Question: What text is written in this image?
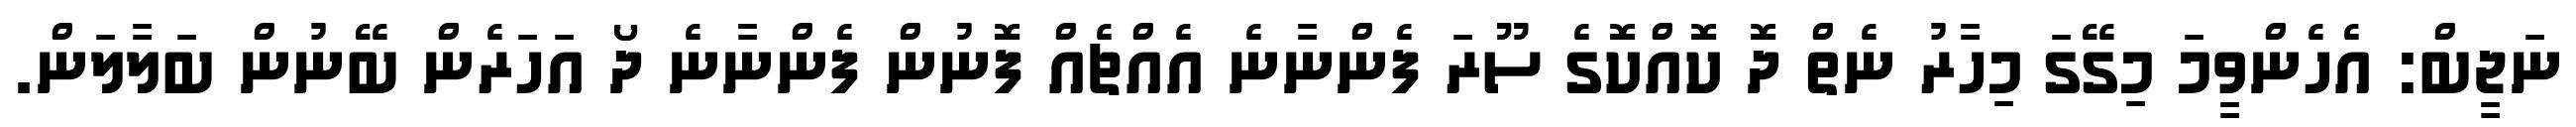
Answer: ނަޖީބް: އެހެންވީމަ މިގޭގަ މިހާރު ނެތް ދޮ ކޮއްކޮގެ ސޫރަ ފެންނާނެ އެއްޗެއް ފޮނުން ފެންނާނެ ދޯ އަހަރެން ބޭނުން ބަލާލަން.